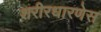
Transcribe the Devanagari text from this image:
शरीरधारणेस